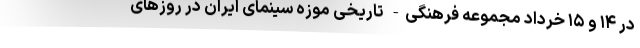
در ۱۴ و ۱۵ خرداد مجموعه فرهنگی- تاریخی موزه سینمای ایران در روزهای